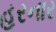
હરનાર